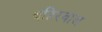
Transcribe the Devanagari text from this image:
बहिरवाल